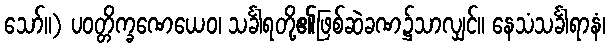
သော်။) ပဝတ္တိက္ခဏေယေဝ၊ သင်္ခါရတို့၏ဖြစ်ဆဲခဏ၌သာလျှင်။ နေသံသင်္ခါရာနံ၊